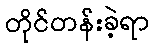
တိုင်တန်းခဲ့ရာ